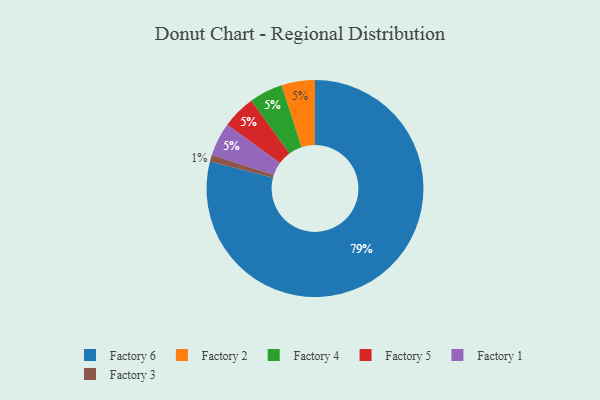
{"axis": {"x": "Category", "y": "Percentage"}, "legend": ["Factory 1", "Factory 2", "Factory 3", "Factory 4", "Factory 5", "Factory 6"], "data": [{"x": "Factory 6", "y": 79, "type": "Factory 6"}, {"x": "Factory 2", "y": 5, "type": "Factory 2"}, {"x": "Factory 4", "y": 5, "type": "Factory 4"}, {"x": "Factory 5", "y": 5, "type": "Factory 5"}, {"x": "Factory 1", "y": 5, "type": "Factory 1"}, {"x": "Factory 3", "y": 1, "type": "Factory 3"}]}